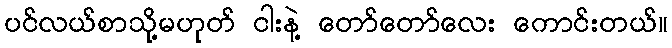
ပင်လယ်စာသို့မဟုတ် ငါးနဲ့ တော်တော်လေး ကောင်းတယ်။